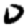
Digit: 0